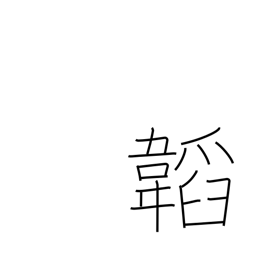
Meaning: wrapping